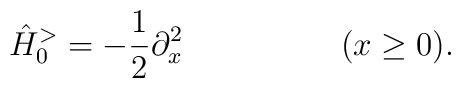
\hat{H}_0^> = -\frac{1}{2} \partial_x^2\hspace{2.0cm}(x \geq 0).